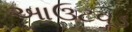
આઉટવૂડ